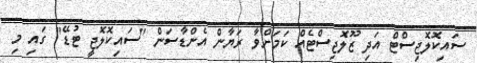
ސައިކޮލޮޖިސްޓް އަދި ޒޫލޮޖިސްޓެއް ކަމަށްވާ ރަޔާން އެންޑާސަން "ސައިކޮލޮޖީ ޓުޑޭ" ގައި މި